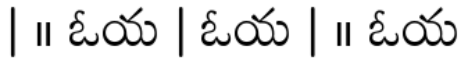
| ॥ ఓయ | ఓయ | ॥ ఓయ